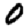
Digit: 0